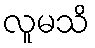
လူမသိ